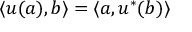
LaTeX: \langle u ( a ) , b \rangle = \langle a , u ^ { * } ( b ) \rangle